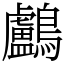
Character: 鸕